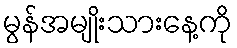
မွန်အမျိုးသားနေ့ကို